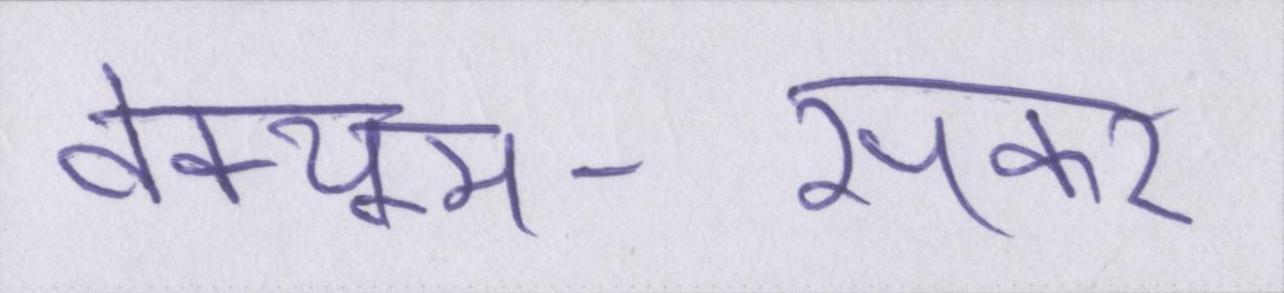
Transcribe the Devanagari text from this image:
वेक्यूम-सकर